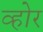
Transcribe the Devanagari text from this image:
व्होर